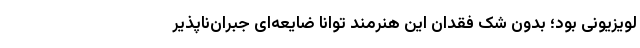
لویزیونی بود؛ بدون شک فقدان این هنرمند توانا ضایعه‌ای جبران‌ناپذیر